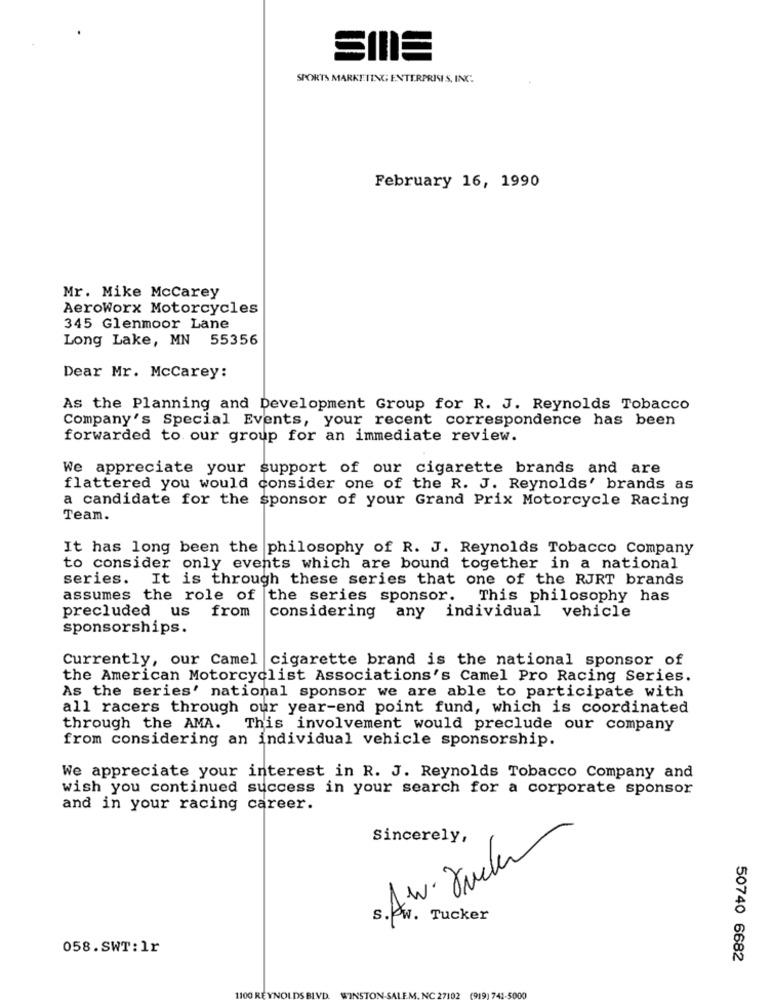
SPORTS MARKETING ENTERPRISES, INC
February 16, 1990
Mr. Mike McCarey
AeroWorx Motorcycles
345 Glenmoor Lane
Long Lake, MN 55356
Dear Mr. McCarey:
As the Planning and Development Group for R. J. Reynolds Tobacco
Company's Special Events, your recent correspondence has been
forwarded to our group for an immediate review.
We appreciate your support of our cigarette brands and are
flattered you would consider one of the R. J. Reynolds' brands as
a candidate for the sponsor of your Grand Prix Motorcycle Racing
Team.
It has long been the philosophy of R. J. Reynolds Tobacco Company
to consider only events which are bound together in a national
series. It is through these series that one of the RJRT brands
assumes the role of the series sponsor. This philosophy has
precluded us from
considering any
individual vehicle
sponsorships.
Currently, our Camel cigarette brand is the national sponsor of
the American Motorcyclist Associations's Camel Pro Racing Series.
As the series' national sponsor we are able to participate with
all racers through our year-end point fund, which is coordinated
through the AMA.
This involvement would preclude our company
from considering an individual vehicle sponsorship.
We appreciate your interest in R. J. Reynolds Tobacco Company and
wish you continued success in your search for a corporate sponsor
and in your racing career.
Sincerely,
s. A.w. Jucken
058.SWT: 1r
50740 6682
(919) 7